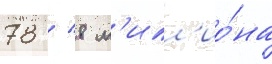
78 / 8 м'илл'ио́на